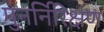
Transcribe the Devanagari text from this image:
पुनर्निरिक्षण